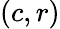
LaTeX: (c,r)